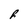
Character: R